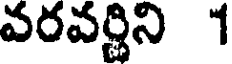
వరవర్ణిని 1